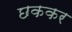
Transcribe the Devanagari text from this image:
छककर